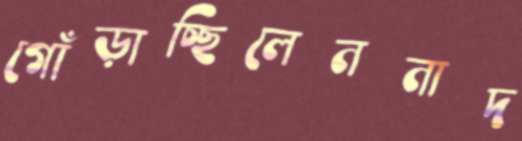
গোঁড়াচ্ছিলেননাদ